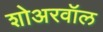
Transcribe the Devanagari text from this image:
शोअरवॉल